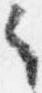
之